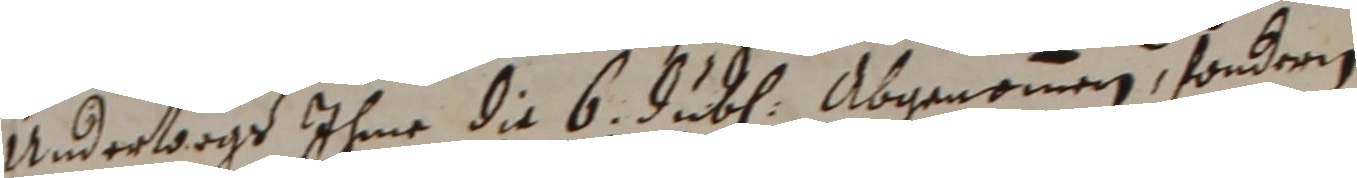
undervogt ihme die 6 juben abgenomen, sondern